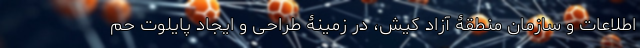
اطلاعات و سازمان منطقۀ آزاد کیش، در زمینۀ طراحی و ایجاد پایلوت حم